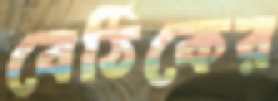
বেঠিকের